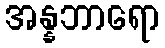
အန္နဘာရော